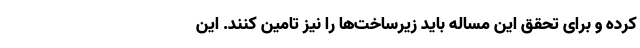
کرده و برای تحقق این مساله باید زیرساخت‌ها را نیز تامین کنند. این